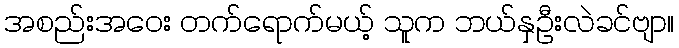
အစည်းအဝေး တက်ရောက်မယ့် သူက ဘယ်နှဦးလဲခင်ဗျာ။